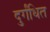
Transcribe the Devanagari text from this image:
दुर्गंधित